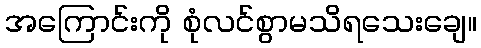
အကြောင်းကို စုံလင်စွာမသိရသေးချေ။